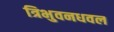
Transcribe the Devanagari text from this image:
त्रिभुवनधवल